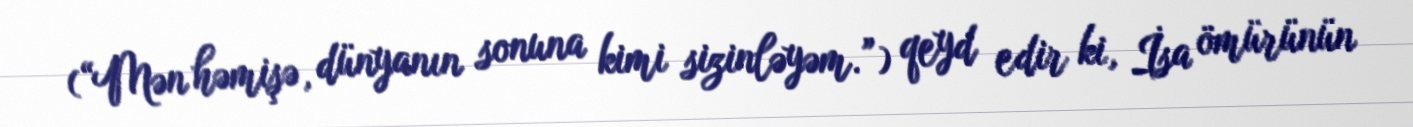
(“Mən həmişə, dünyanın sonuna kimi sizinləyəm.”) qeyd edir ki, İsa ömürünün